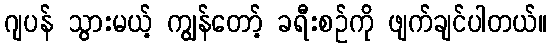
ဂျပန် သွားမယ့် ကျွန်တော့် ခရီးစဉ်ကို ဖျက်ချင်ပါတယ်။